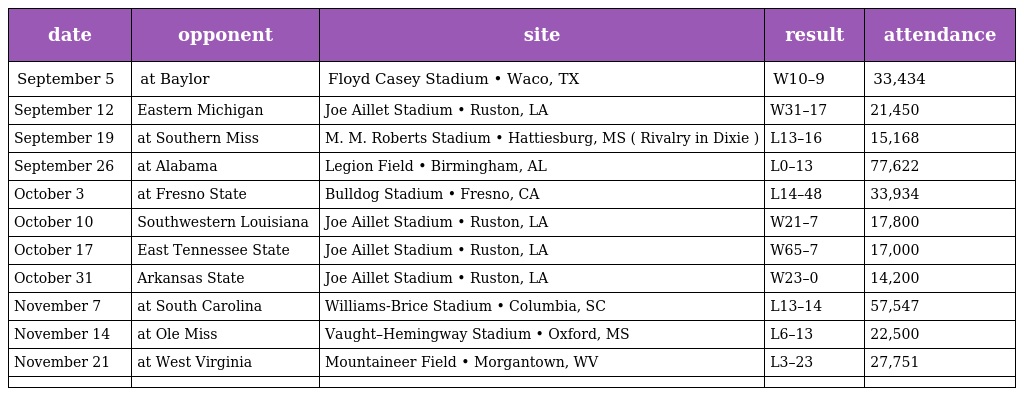
| date | opponent | site | result | attendance |
 | --- | --- | --- | --- | --- |
 | September 5 | at Baylor | Floyd Casey Stadium • Waco, TX | W10–9 | 33,434 |
 | September 12 | Eastern Michigan | Joe Aillet Stadium • Ruston, LA | W31–17 | 21,450 |
 | September 19 | at Southern Miss | M. M. Roberts Stadium • Hattiesburg, MS ( Rivalry in Dixie ) | L13–16 | 15,168 |
 | September 26 | at Alabama | Legion Field • Birmingham, AL | L0–13 | 77,622 |
 | October 3 | at Fresno State | Bulldog Stadium • Fresno, CA | L14–48 | 33,934 |
 | October 10 | Southwestern Louisiana | Joe Aillet Stadium • Ruston, LA | W21–7 | 17,800 |
 | October 17 | East Tennessee State | Joe Aillet Stadium • Ruston, LA | W65–7 | 17,000 |
 | October 31 | Arkansas State | Joe Aillet Stadium • Ruston, LA | W23–0 | 14,200 |
 | November 7 | at South Carolina | Williams-Brice Stadium • Columbia, SC | L13–14 | 57,547 |
 | November 14 | at Ole Miss | Vaught–Hemingway Stadium • Oxford, MS | L6–13 | 22,500 |
 | November 21 | at West Virginia | Mountaineer Field • Morgantown, WV | L3–23 | 27,751 |
 |  |  |  |  |  |